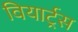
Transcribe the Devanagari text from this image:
वियार्ट्रस